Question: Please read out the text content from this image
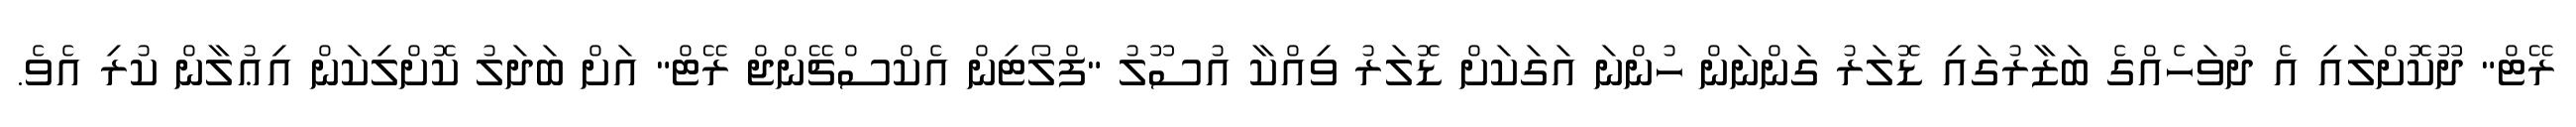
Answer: ރޭޓް" ދޫކޮށްލައި އެ ދުވަހެއްގެ ބަޒާރުގައި ޑޮލަރު ގަންނަން ހުންނަ އަގަކަށް ޑޮލަރު ވިއްކާ އުސޫލު "ފްލޯޓިން އެކްސްޗޭންޖް ރޭޓް" އަށް ބަދަލު ކޮށްލިކަން އިޢުލާން ކުރި އެވެ.